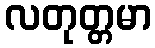
လတုတ္တမာ